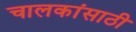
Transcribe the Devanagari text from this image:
चालकांसाठी